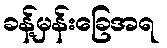
ခန့်မှန်းခြေအရ